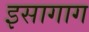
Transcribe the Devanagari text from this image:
इसागाग